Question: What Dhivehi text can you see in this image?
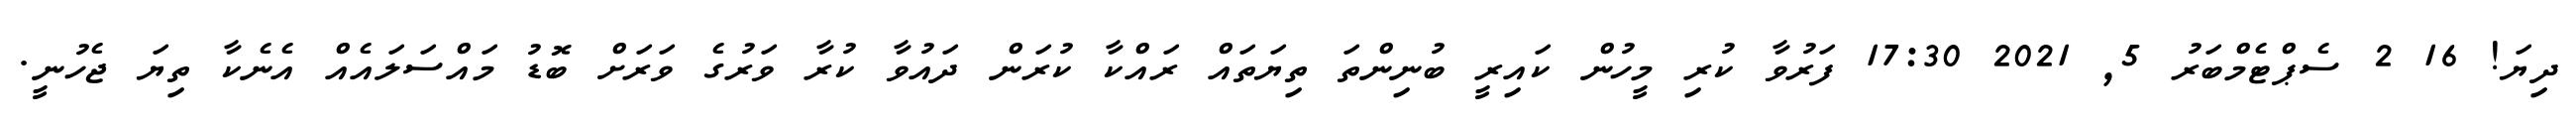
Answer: ދިޔަ! 16 2 ސެޕްޓެމްބަރު 5, 2021 17:30 ފަރުވާ ކުރި މީހުން ކައިރީ ބުނިންތަ ތިޔަތައް ރައްކާ ކުރަން ދައުވާ ކުރާ ވަރުގެ ވަރަށް ބޮޑު މައްސަލައެއް އެނެކާ ތިޔަ ޖެހުނީ.